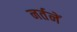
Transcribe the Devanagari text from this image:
नर्तनें